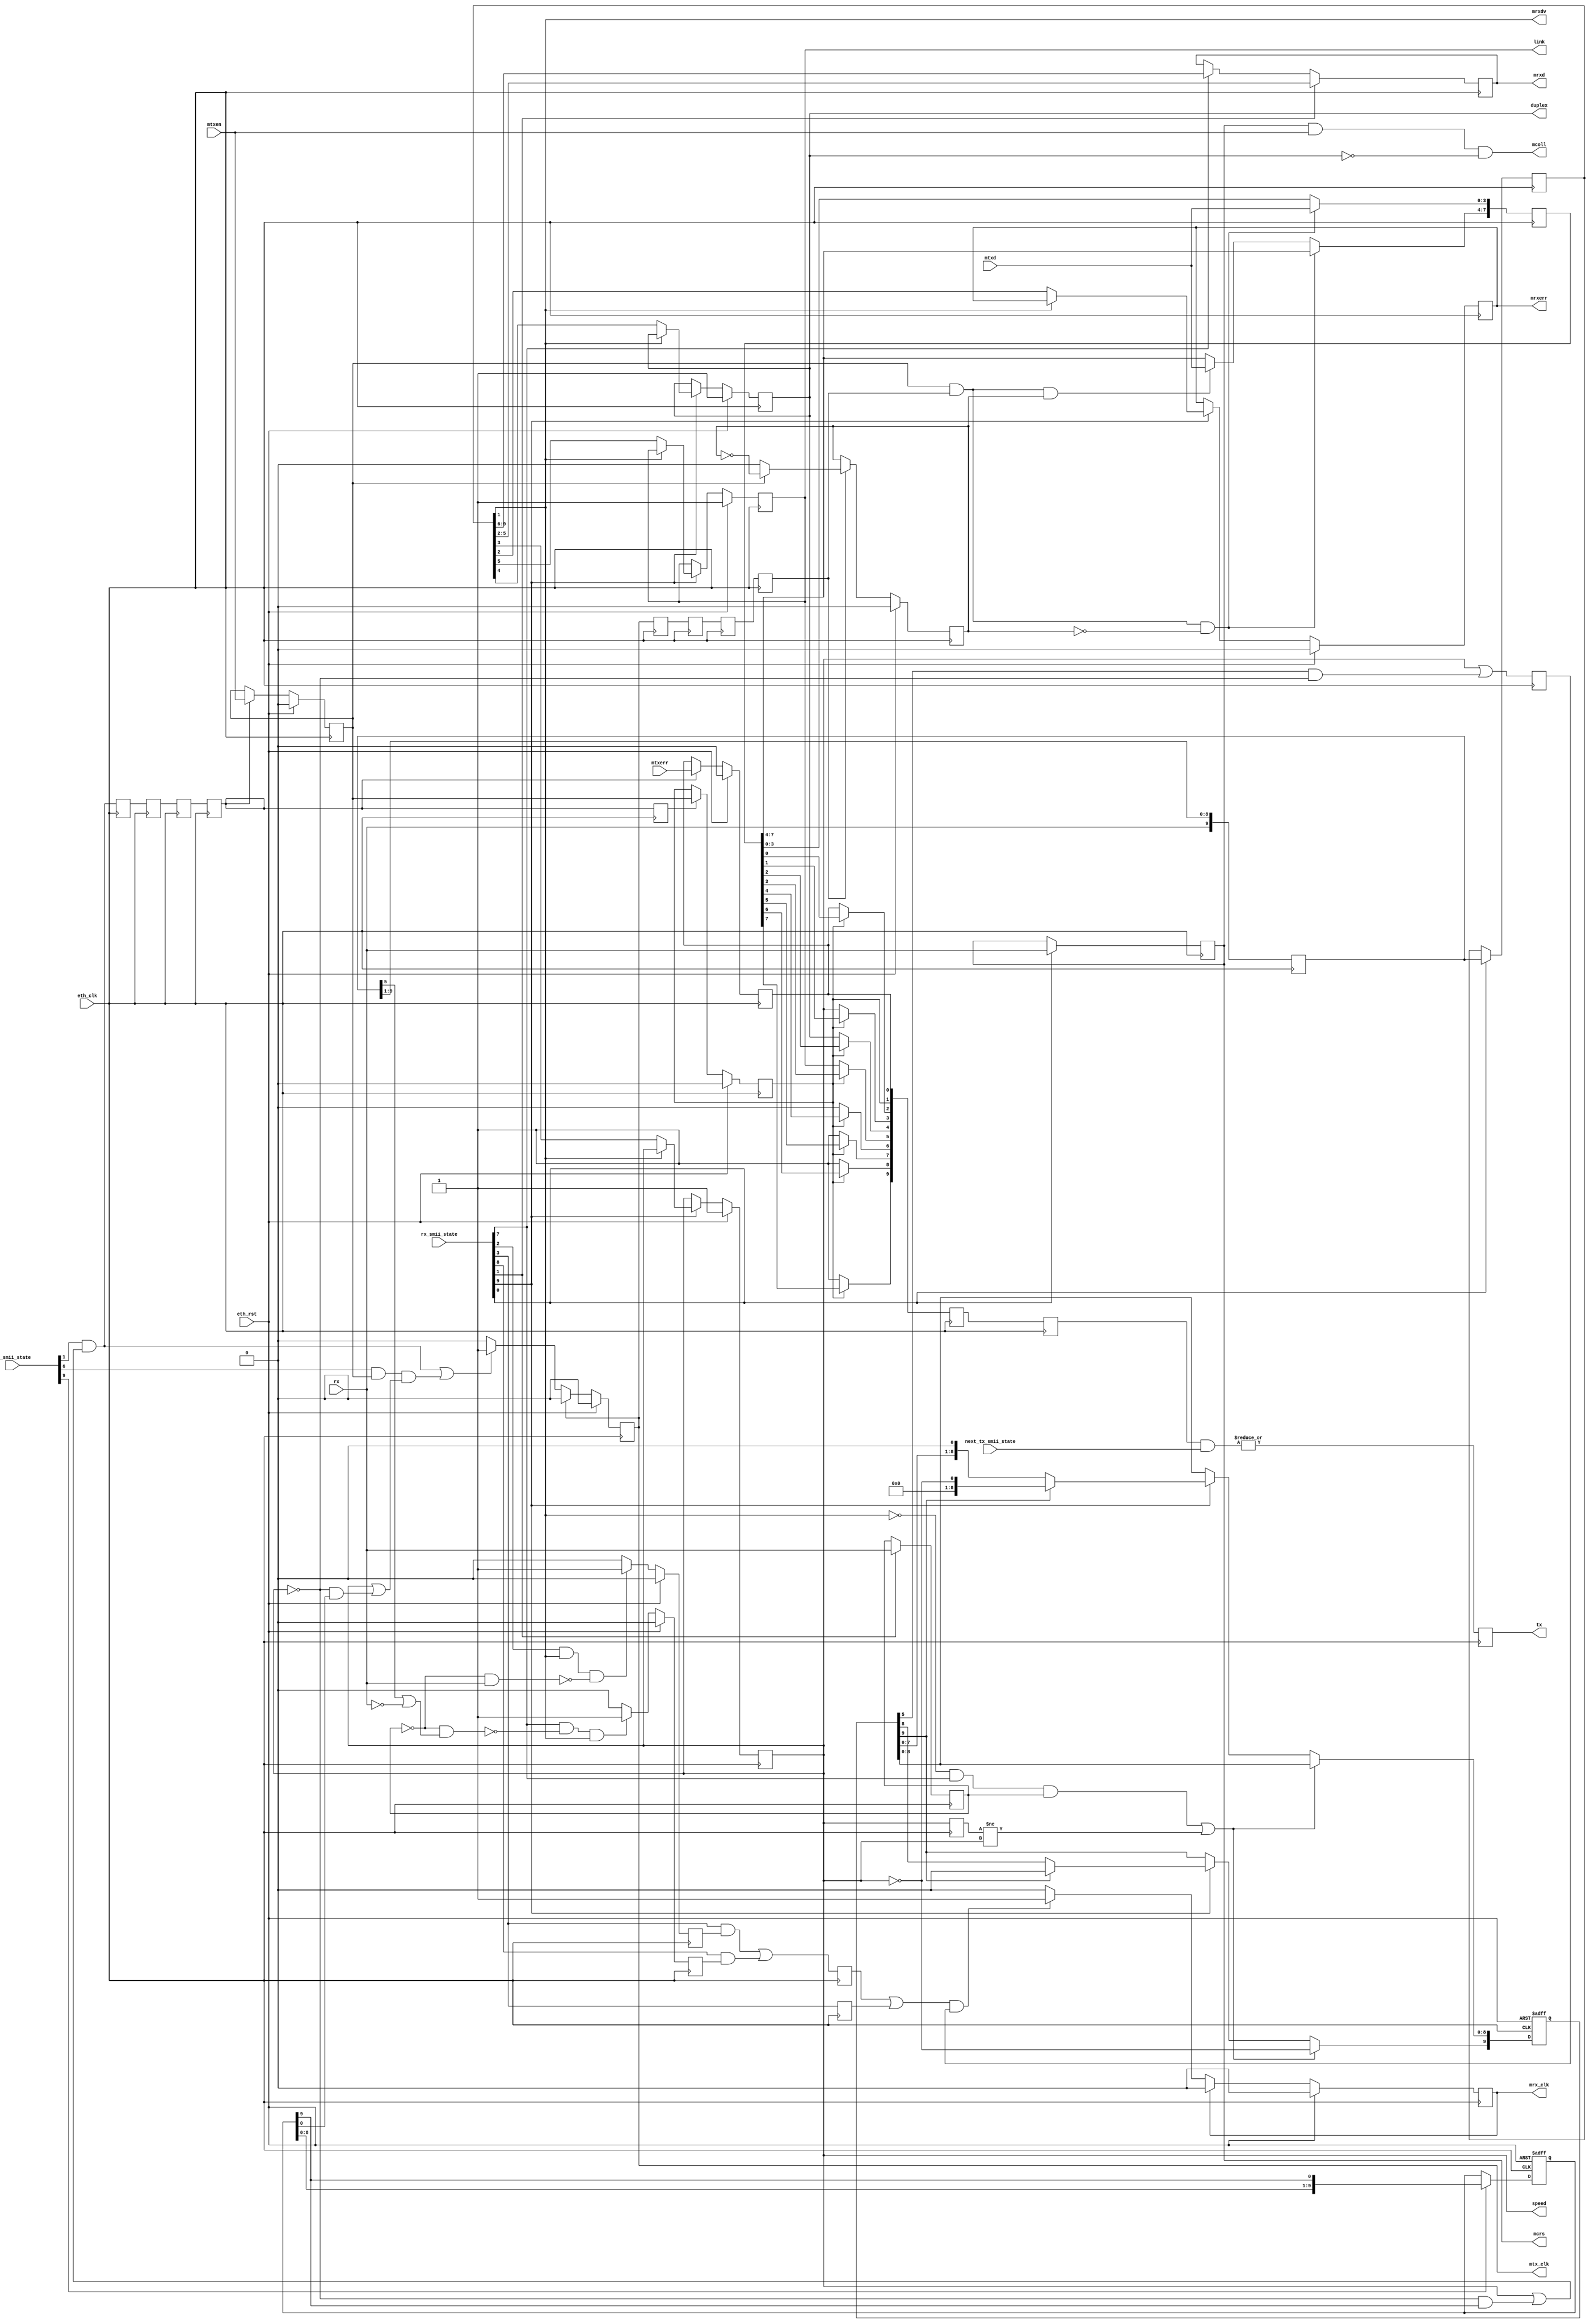
module smii_if
  (
   // SMII
    output     tx,
    input      rx,
   // MII
   // TX
    input [3:0] mtxd,
    input 	mtxen,
    input 	mtxerr,
    output 	mtx_clk,
   // RX
    output [3:0] mrxd,
    output	 mrxdv,
    output 	 mrxerr,
    output  	 mrx_clk,
    output 	 mcoll,
    output reg	 mcrs,
    output reg	 speed,
    output reg	 duplex,
    output reg	 link,
   // internal
    input [10:1] tx_smii_state,
    input [10:1] next_tx_smii_state,
    input [10:1] rx_smii_state,   
   // clock and reset
    input 	 eth_clk,
    input 	 eth_rst
   );

   reg [7:0] 	 tx_data_reg;
   reg 		 tx_data_reg_valid;
   reg 		 a0;
   reg 		 state_data;

   reg [3:0] 	 rx_tmp;

   reg [3:0] 	 rxd_nib;
   reg 		 rxdv, rxerr;
   
   reg 		 jabber;

   reg [10:1] 	 tx_cnt;
   reg [10:1] 	 rx_cnt;
   
   
   /////////////////////////////////////////////////
   // Transmit

   // Tx segment counter when !speed
   always @ (posedge eth_clk or posedge eth_rst)
     if (eth_rst)
       tx_cnt <= 10'b00_0000_0001;
     else if (tx_smii_state[10])
       tx_cnt <= {tx_cnt[9:1],tx_cnt[10]};
   
   // MII signals registered in eth_clk domain
   reg 		 txen_r, txerr_r;   
   // TX clock generation to the MAC
   reg 		 mtx_clk_gen, mtx_clk_gen_reg,  
		 mtx_clk_gen_reg2, mtx_clk_gen_reg3, 
		 mtx_clk_gen_reg4, mtx_clk_gen_reg5,
		 mtx_clk_gen_reg6, mtx_clk_gen_reg7,
		 tx_first_clk_gen,
		 tx_first_clk_reg, tx_first_clk_reg2,
		 tx_first_clk_reg3, tx_first_clk_reg4, 
		 tx_first_clk_reg5, tx_first_clk_reg6,
		 tx_first_clk_reg7;

   // Generate clocks when state is 2, and 7 when transmitting
   // We then sample the MII txen signal, to see if we have a valid data frame
   // coming up. We can do this 2 or 3 clocks after the MII tx clk. If we do it
   // 2 then we allow 2 cycles for our mtxen_r signal to propegate, doubling the
   // period contstraint for the path from mtxen_r to the stuff it controls in
   // eth_clk domain. If we allow 3 from the eth MAC, then all stuff on the 
   // eth_clk side of mtxen_r must meet the 125MHz timing.
   //
   // Once the data is sampled at the right times (plenty after they come from
   // the eth MAC, should be no issues there), then it all propegates through
   // relatively various levels of registering, configured so that the signals
   // appear in the tx_bits[] vector at the right time to be registered once
   // more before before having its bits AND-OR selected based on the smii state
   // The final SMII TX bit is generated from a sync counter that is one ahead
   // of the one we output.
   
   wire 	 tx_first_clk, tx_second_clk;
   assign tx_first_clk = (tx_smii_state[2] & 
			  ( speed | ( !speed & tx_cnt[10]) ) );
   assign tx_second_clk = (tx_smii_state[7] & 
			   txen_r & ( speed | ( !speed & tx_cnt[1]) ) );
   
   always @(posedge eth_clk)
     if (eth_rst)
       mtx_clk_gen <= 1'b0;
     else if (mtx_clk_gen)
       mtx_clk_gen <= 1'b0;
   // Clock high
     else if (tx_first_clk | tx_second_clk)
       mtx_clk_gen <= 1'b1;
   
   always @(posedge eth_clk)
     mtx_clk_gen_reg <= mtx_clk_gen;
   
   always @(posedge eth_clk)
     mtx_clk_gen_reg2 <= mtx_clk_gen_reg;
   
   always @(posedge eth_clk)
     mtx_clk_gen_reg3 <= mtx_clk_gen_reg2;
   
   always @(posedge eth_clk)
     mtx_clk_gen_reg4 <= mtx_clk_gen_reg3;

   always @(posedge eth_clk)
     mtx_clk_gen_reg5 <= mtx_clk_gen_reg4;

   always @(posedge eth_clk)
     mtx_clk_gen_reg6 <= mtx_clk_gen_reg5;

   always @(posedge eth_clk)
     mtx_clk_gen_reg7 <= mtx_clk_gen_reg6;

   always @(posedge eth_clk)
     tx_first_clk_gen <= tx_first_clk;
   
   always @(posedge eth_clk)
     tx_first_clk_reg <= tx_first_clk_gen;

   always @(posedge eth_clk)
     tx_first_clk_reg2 <= tx_first_clk_reg;

   always @(posedge eth_clk)
     tx_first_clk_reg3 <= tx_first_clk_reg2;

   always @(posedge eth_clk)
     tx_first_clk_reg4 <= tx_first_clk_reg3;
   
   always @(posedge eth_clk)
     tx_first_clk_reg5 <= tx_first_clk_reg4;

   always @(posedge eth_clk)
     tx_first_clk_reg6 <= tx_first_clk_reg5;
   
   always @(posedge eth_clk)
     tx_first_clk_reg7 <= tx_first_clk_reg6;
   
   
   // Register MII TX enable
   always @(posedge eth_clk)
     if (eth_rst)
       txen_r <= 1'b0;
     else if (tx_first_clk_reg3)
       txen_r <= mtxen;

   // Register MII TX error
   always @(posedge eth_clk)
     if (eth_rst)
       txerr_r <= 1'b0;
     else if (tx_first_clk_reg3)
       txerr_r <= mtxerr;

   // Register indicating if we're going to sample the second nibble of data
   reg 	tx_nib_second;
   always @(posedge eth_clk)
     if (eth_rst)
       tx_nib_second <= 0;
     else if (mtx_clk_gen_reg4)
       begin
	  if (!txen_r)
	    tx_nib_second <= 0;
	  else
	    tx_nib_second <= ~tx_nib_second;
       end
   // Byte register, appropriately storing nibbles as we recieve them from MAC
   reg [7:0] mtxd_r;
   always @(posedge eth_clk)
     if (txen_r & mtx_clk_gen_reg4 & !tx_nib_second)
       mtxd_r[3:0] <= mtxd;
     else if (txen_r & mtx_clk_gen_reg4 & tx_nib_second)
       mtxd_r[7:4] <= mtxd;
   
   // Sample our registered version of txen_r when we generate our
   // "first" of the 2 TX clocks per frame.
   reg 	     tx_state_or_data; // 0 = state, 1 = data
   always @ (posedge eth_clk)
     if (eth_rst)
       tx_state_or_data <= 0;   
     else if (tx_first_clk_reg4)
       tx_state_or_data <= txen_r;

   reg [10:1] tx_bits, tx_bits_reg, tx_bits_reg2;
   always @(posedge eth_clk)
     begin
	tx_bits_reg <= tx_bits;
	tx_bits[1] <= txerr_r;
	tx_bits[2] <= tx_state_or_data;
	tx_bits[3] <= (tx_state_or_data) ? mtxd_r[0] : txerr_r;
	tx_bits[4] <= (tx_state_or_data) ? mtxd_r[1] : speed;
	tx_bits[5] <= (tx_state_or_data) ? mtxd_r[2] : duplex;
	tx_bits[6] <= (tx_state_or_data) ? mtxd_r[3] : link;
	tx_bits[7] <= (tx_state_or_data) ? mtxd_r[4] : 0;
	tx_bits[8] <= (tx_state_or_data) ? mtxd_r[5] : 1;
	tx_bits[9] <= (tx_state_or_data) ? mtxd_r[6] : 1;
	tx_bits[10] <= (tx_state_or_data) ? mtxd_r[7] : 1;
     end

   // Generate tx output bit one clock infront, because we register
   // in the IOB too.
   reg tx_bit;
   always @(posedge eth_clk)
     tx_bit <= |(tx_bits_reg & next_tx_smii_state);
     
     assign tx = tx_bit;

`ifdef ACTEL

    wire GND;
    
    GND GND_1_net(.Y(GND));
    CLKDLY Inst1(.CLK(mtx_clk_gen), .GL(mtx_clk), .DLYGL0(GND), .DLYGL1(GND), 
        .DLYGL2(GND), .DLYGL3(GND), .DLYGL4(GND)) /* synthesis black_box */;
/*
   gbuf mtx_clk_bufg
     (
      .CLK(mtx_clk_gen),
      .GL(mtx_clk)
      );
*/
`else
   assign mtx_clk = mtx_clk_gen;
`endif

   /////////////////////////////////////////////////
   // Receive

`ifndef SYNTHESIS   
   reg [79:0] rx_statename;
   always @* begin
      case (1)
	rx_smii_state[1]   :
          rx_statename = "CRS";
	rx_smii_state[2] :
          rx_statename = "RX_DV";
	rx_smii_state[3]:
          rx_statename = "RXD0/RXERR";
	rx_smii_state[4]:
          rx_statename = "RXD1/Fast";
	rx_smii_state[5]:
          rx_statename = "RXD2/Dupl";
	rx_smii_state[6]:
          rx_statename = "RXD3/Link";
	rx_smii_state[7]:
          rx_statename = "RXD4/Jabb";
	rx_smii_state[8]:
          rx_statename = "RXD5/UNV";
	rx_smii_state[9]:
          rx_statename = "RXD6/FCD";
	rx_smii_state[10] :
          rx_statename = "RXD7/AS1";
	default:
          rx_statename = "XXXXXXX";
      endcase // case (1)
   end // always @ *
`endif
   
   reg 	      rxdv_thisframe;
   wire       rxdv_lastframe;
   reg       rxdv_lastframe_r;
   reg [9:0]  rxd_thisframe;
   reg [9:0]  rxd_lastframe;

   // Logic to detect change in ethernet speed
   reg 	      speed_r;
   always @(posedge eth_clk)
     speed_r <= speed;
   
   wire       speed_edge;
   assign speed_edge = speed_r != speed;
   
   
   always @ (posedge eth_clk or posedge eth_rst)
     if (eth_rst)
       rx_cnt <= 10'd1;
   // Data coming in, or we've changed from fast to slow ethernet
     else if ((!rxdv_lastframe & rx_smii_state[8] & rxdv_thisframe) | speed_edge)
       rx_cnt[10] <= ~speed; // Will be high if not in 100MBit mode
     else if (rx_smii_state[10]) // wrap
       if (rx_cnt[10])
	 rx_cnt[10:1] <= {9'b000000000, ~speed}; // Clears bit when fasteth
       else
	 rx_cnt <= {rx_cnt[9:1],1'b0};
   
   always @(posedge eth_clk)
     if (rx_smii_state[2])
       rxdv_thisframe <= rx;

   always @(posedge eth_clk)
     if (rx_smii_state[1])
       mcrs <= rx;
   
   always @(posedge eth_clk) // shift register sampling incoming data
     rxd_thisframe <= {rx, rxd_thisframe[9:1]};
   
   always @(posedge eth_clk)
     if (rx_smii_state[1])
	  rxd_lastframe <= rxd_thisframe;

   assign rxdv_lastframe = rxd_lastframe[1];
   
   // Must remember with rxd_thisframe, data has been registered, so state 
   // counter is 1 infront of what we have in it
   
   always @(posedge eth_clk)
     if (eth_rst)
       begin
	  {rxdv, rxerr, speed, duplex, link, jabber} <= 6'b001110;
       end
     else
       begin
	  if (rx_smii_state[10]) // Look at sampled shift reg
	    begin
	       if ((!rxdv_lastframe)) // !RX DV from last frame
		 begin
		    rxerr <= rxd_lastframe[2];
		    speed <= rxd_lastframe[3];
		    duplex <= rxd_lastframe[4];
		    link <= rxd_lastframe[5];
		    jabber <= rxd_lastframe[6];
		    // rxd_thisframe[7] should be 1 if
		 end
	    end
       end // else: !if(eth_rst)

   // Latch the nibbles at the appropriate moments
   always @(posedge eth_clk)
     if (rx_smii_state[2])
       rxd_nib <= rxd_lastframe[5:2];
     else if (rx_smii_state[8])
       rxd_nib <= rxd_lastframe[9:6];

   // Nibble write enables 
   reg rx_we_nib0, rx_we_nib1;
   
   always @(posedge eth_clk)
     if (eth_rst)
       rx_we_nib0 <= 0;
     else if (rx_smii_state[3] & rxdv_lastframe & 
	      !(!rxdv_thisframe & rx))
       // Check in state 3, if DV was high for buffered frame (lastframe), and
       // if the incoming frame doesn't negate it with error being signaled
       rx_we_nib0 <= 1;
     else 
       rx_we_nib0 <= 0;

   always @(posedge eth_clk)
     if (eth_rst)
       rx_we_nib1 <= 0;
     else if (rx_smii_state[8] & !(!rxdv_thisframe & (rxd_thisframe[5] | !rx))
	      & rxdv_lastframe)
       // Check in state 8, if DV was high last frame, and this frame isn't a
       // status frame indicating either error or not upper nibble valid, in
       // which case we do not generate a WE to the FIFO
       rx_we_nib1 <= 1;
     else
       rx_we_nib1 <= 0;
   
   // Pipelining of clocks to MAC, this should run at 125MHz
   reg nib_rx_clock;
   always @(posedge eth_clk)
     nib_rx_clock <= ((rx_smii_state[4] & rx_we_nib0)|(rx_smii_state[9] & rx_we_nib1));

   // Enable for mrxclk inbetween frame receive
   reg inbetween_rx_clock;
   always @(posedge eth_clk)
     inbetween_rx_clock <= rx_smii_state[4];//(!rxdv_thisframe & !rxdv_lastframe);
       
   // Enable to clock the segment in the 10MBit mode, change rx_cnt[x] to alter 
   // which of the 10 the segments we use
   reg thissegment_rx_clock; 
   always @(posedge eth_clk)
     thissegment_rx_clock <= speed | (rx_cnt[6] & !speed);
   
   reg mrx_clk_gen;
   // Receive MII clock generation (very similar to Receive FIFO WE generation)
   // This ends up being only about 20MHz when clocking in data
   always @(posedge eth_clk) 
     if (eth_rst)
       mrx_clk_gen <= 0;
     else if (mrx_clk_gen)
       mrx_clk_gen <= 0;
     else if ((nib_rx_clock | inbetween_rx_clock) & thissegment_rx_clock )
       mrx_clk_gen <= 1;

 `ifdef ACTEL

    
    CLKDLY Inst2(.CLK(mrx_clk_gen), .GL(mrx_clk), .DLYGL0(GND), .DLYGL1(GND), 
        .DLYGL2(GND), .DLYGL3(GND), .DLYGL4(GND)) /* synthesis black_box */;

/*
   gbuf mrx_clk_bufg
     (
      .CLK(mrx_clk_gen),
      .GL(mrx_clk)
      );
*/
 `else
   assign mrx_clk = mrx_clk_gen;  
 `endif
   
   assign mrxd = rxd_nib;
   assign mrxdv = rxdv_lastframe;
   assign mrxerr = rxerr;
   
   assign mcoll =  mcrs & mtxen & !duplex;
   
endmodule